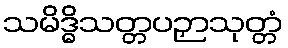
သမိဒ္ဓိသတ္တပဉှာသုတ္တံ